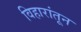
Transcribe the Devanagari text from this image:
विहारांतून